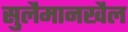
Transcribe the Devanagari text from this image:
सुलैमानखैल